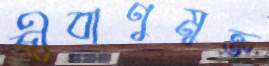
জীবাণুমুক্ত